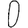
Digit: 0